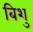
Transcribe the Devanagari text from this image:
बिशु